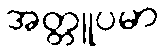
အတ္တူပမာ